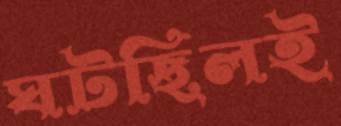
ঘটছিলই